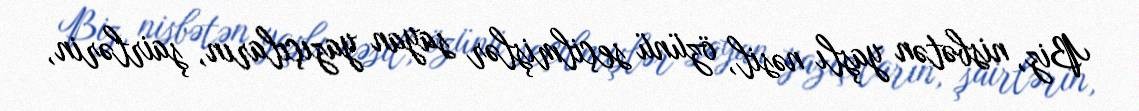
Biz, nisbətən yaşlı nəsil, özünü seçilmişlər sayan yazıçıların, şairlərin,